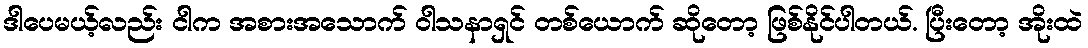
ဒါပေမယ့်လည်း ငါက အစားအသောက် ဝါသနာရှင် တစ်ယောက် ဆိုတော့ ဖြစ်နိုင်ပါတယ်. ပြီးတော့ အိုးထဲ